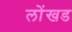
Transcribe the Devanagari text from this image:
लोंखड